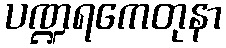
ပဏ္ဍရကေတုနာ